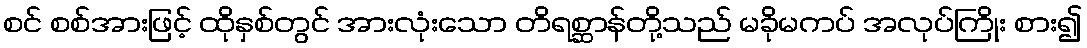
စင် စစ်အားဖြင့် ထိုနှစ်တွင် အားလုံးသော တိရစ္ဆာန်တို့သည် မခိုမကပ် အလုပ်ကြိုး စား၍